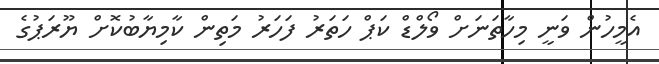
އެމީހުން ވަނީ މިހާތަނަށް ވޯލްޑް ކަޕް ހަތަރު ފަހަރު މަތިން ކާމިޔާބުކޮށް ޔޫރަޕުގެ